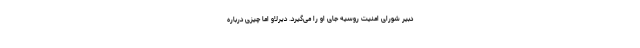
دبیر شورای امنیت روسیه جای او را می‌گیرد. دیرلاو اما چیزی درباره